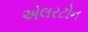
એલરટોન